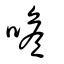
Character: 噡